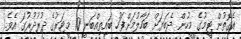
އެގޮތުން ޓީމުގެ މީހުން ދެބަޔަށް ބަހާލުމަށްފަހު ބައިތިއްބަނީ 10 މީޓަރުގެ ދުރުދުރުގަ އެވެ.